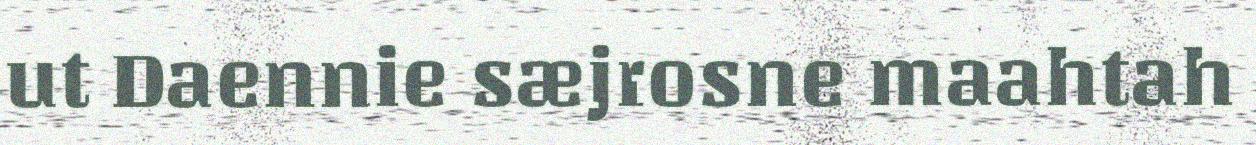
ut Daennie sæjrosne maahtah